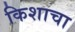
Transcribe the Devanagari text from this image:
किशाचा